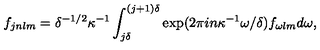
f _ { j n l m } = \delta ^ { - 1 / 2 } \kappa ^ { - 1 } \int _ { j \delta } ^ { ( j + 1 ) \delta } \exp ( 2 \pi i n \kappa ^ { - 1 } \omega / \delta ) f _ { \omega l m } d \omega ,